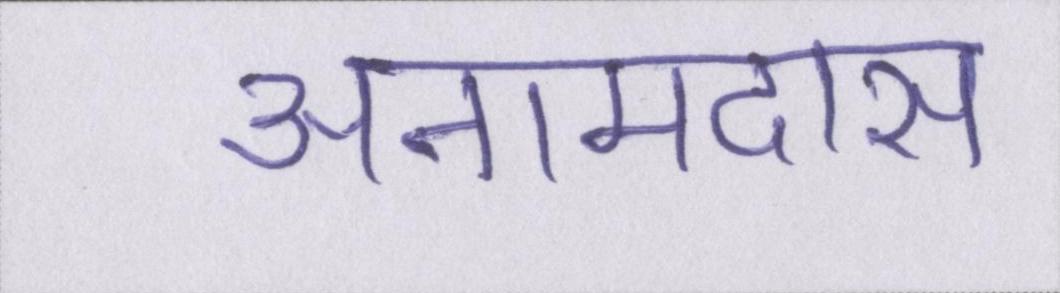
अनामदास